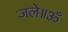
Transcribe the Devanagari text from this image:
जले॥ॐ